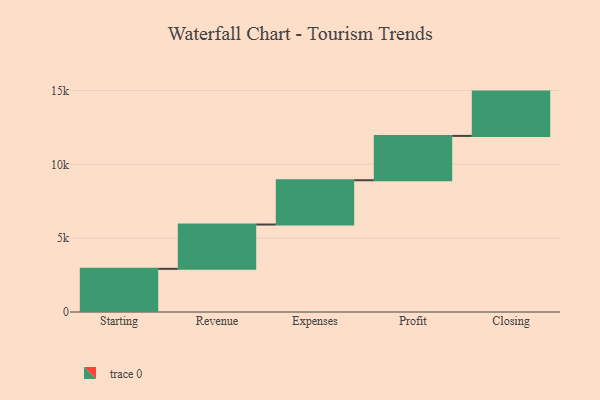
{"axis": {"x": "Step", "y": "Value"}, "legend": [""], "data": [{"x": "Starting", "y": 2922.0, "type": ""}, {"x": "Revenue", "y": 3000, "type": ""}, {"x": "Expenses", "y": 3000, "type": ""}, {"x": "Profit", "y": 3000, "type": ""}, {"x": "Closing", "y": 3000, "type": ""}]}